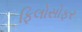
ફિલોસોફર